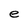
Character: e